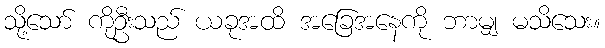
သို့သော် ကိုဦးသည် ယခုအထိ အခြေအနေကို ဘာမျှ မသိသေး။